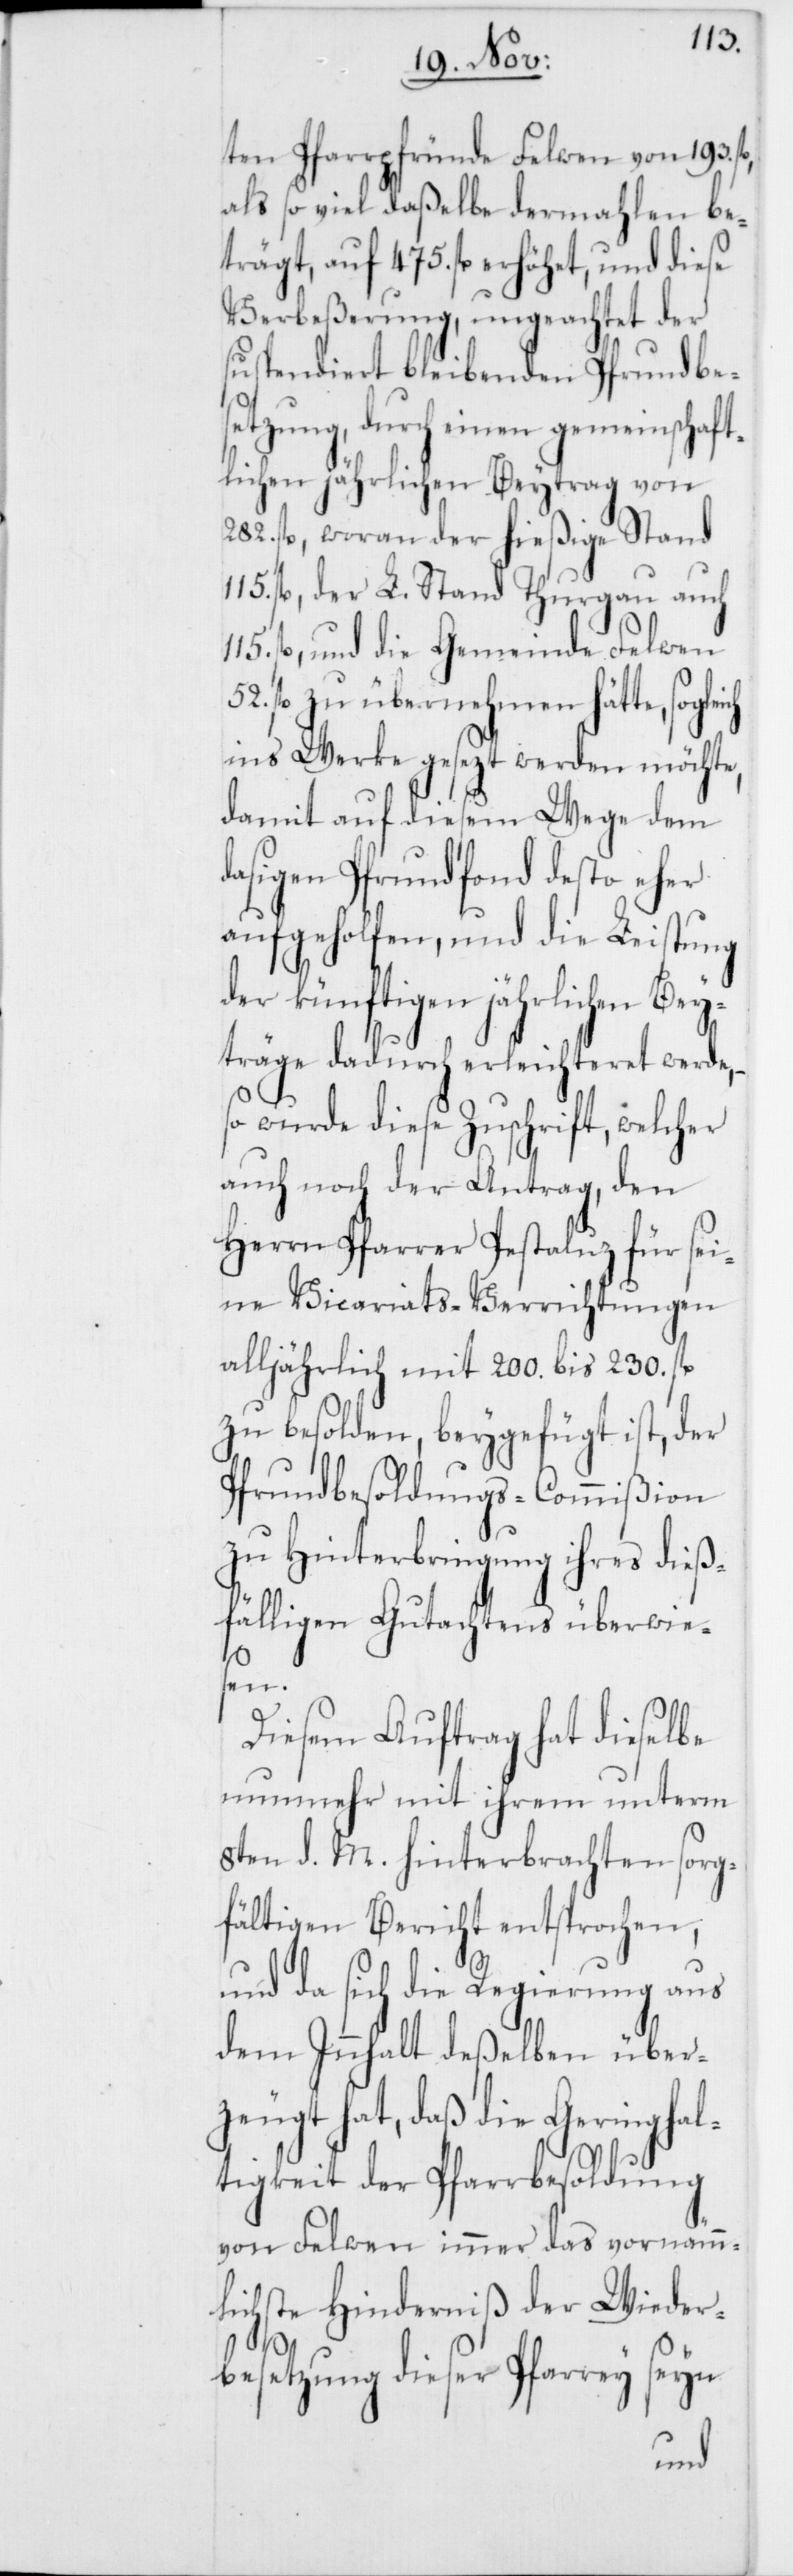
115.
ten Pfarrpfründe Felwen von 193.
als so viel daßelbe dermahlen be¬
trägt, auf 475. fl. erhöhet, und diese
Verbeßerung, ungeachtet der
suspendiert bleibenden Pfrundbes¬
etzung, durch einen gemeinschaft¬
lichen jährlichen Beytrag von
282. fl., woran der hießige Stand
fl., der L. Stand Thurgau auch
fl., und die Gemeinde Felwen
fl. zu übernehmen hätte,
ins Werke gesezt werden möchte,
damit auf diesem Wege dem
dasigen Pfrundfond desto eher
aufgeholfen, und die Leistung
der künftigen jährlichen Be¬
yträge dadurch erleichteret werde,
so wurde diese Zuschrift, welcher
auch noch der Antrag, den
Herrn Pfarrer Pestaluz für s¬
eine Vicariats-Verrichtungen
alljährlich mit 200. bis 230. fl.
zu besolden, beygefügt ist, der
Pfrundbesoldungs-Commißion
zu Hinterbringung ihres dieß¬
fälligen Gutachtens überwie¬
sen.
Diesem Auftrag hat dieselbe
nunmehr mit ihrem unterm
8ten d. M. hinterbrach¬
sor¬
gfältigen Bericht entsprochen,
und da sich die Regierung aus
dem Innhalt deßelben über¬
zeugt hat, daß die Geringhal¬
tigkeit der Pfarrbesoldung
von Felwen immer das vorneämm¬
lichste Hinderniß der Wieder¬
besetzung dieser Pfarrey seyn